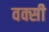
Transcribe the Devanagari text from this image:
वक्सी